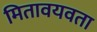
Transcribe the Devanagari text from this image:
मितावयवता